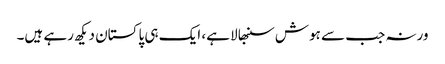
ورنہ جب سے ہوش سنبھالا ہے، ایک ہی پاکستان دیکھ رہے ہیں۔